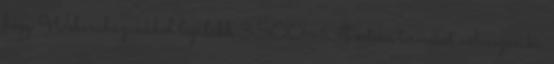
hogy Webáruházunkból legalább 3.500.- Ft értékű terméket válasszon ki.